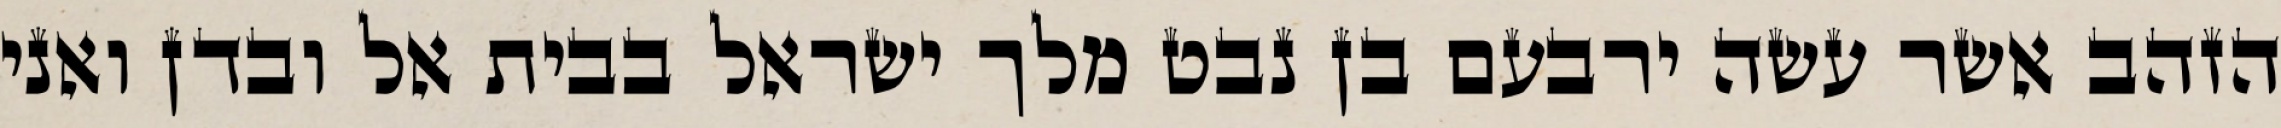
הזהב אשר עשה ירבעם בן נבט מלך ישראל בבית אל ובדן ואני